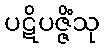
ပဋိပဇ္ဇိံသု